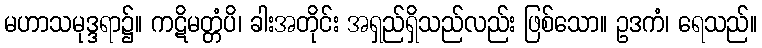
မဟာသမုဒ္ဒရာ၌။ ကဋိမတ္တံပိ၊ ခါးအတိုင်း အရှည်ရှိသည်လည်း ဖြစ်သော။ ဥဒကံ၊ ရေသည်။